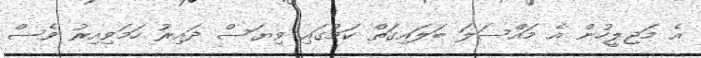
އެ މަޖިލީހުން އެ މައްސަލަ ބަލައިގަތް ކަމުގައި ވިޔަސް ދައިރު ހަމަވިއިރު ވެސް